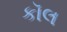
કૉલ